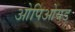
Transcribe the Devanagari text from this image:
ओपिओयड